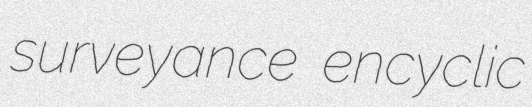
surveyance encyclic